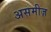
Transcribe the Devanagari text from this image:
असमीज़